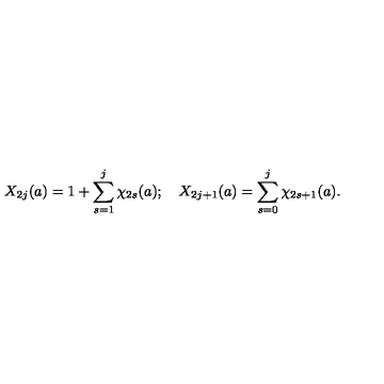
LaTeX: X _ { 2 j } ( a ) = 1 + \sum _ { s = 1 } ^ { j } \chi _ { 2 s } ( a ) ; \quad X _ { 2 j + 1 } ( a ) = \sum _ { s = 0 } ^ { j } \chi _ { 2 s + 1 } ( a ) .